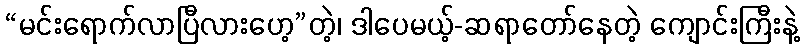
“မင်းရောက်လာပြီလားဟေ့”တဲ့၊ ဒါပေမယ့်-ဆရာတော်နေတဲ့ ကျောင်းကြီးနဲ့